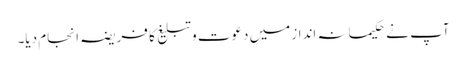
آپ نے حکیمانہ انداز میں دعوت و تبلیغ کا فریضہ انجام دیا۔